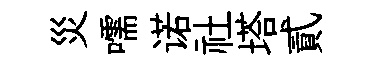
災嚅诺社塔貳